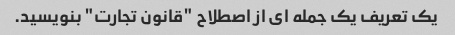
یک تعریف یک جمله ای از اصطلاح "قانون تجارت" بنویسید.